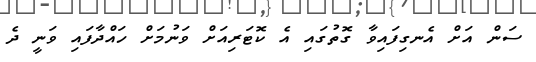
ސަން އަށް އެނގިފައިވާ ގޮތުގައި އެ ކޮޓަރިއަށް ވަނުމަށް ހައްދާފައި ވަނީ ދެ